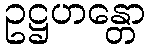
ဥဋ္ဌဟန္တော